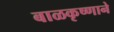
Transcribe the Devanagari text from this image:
बाळकृष्णाने